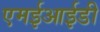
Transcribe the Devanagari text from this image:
एमईआईडी